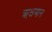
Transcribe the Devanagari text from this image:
ऋक्षमान